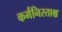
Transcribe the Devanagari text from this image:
कर्मनिरताश्च